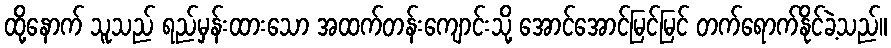
ထို့နောက် သူသည် ရည်မှန်းထားသော အထက်တန်းကျောင်းသို့ အောင်အောင်မြင်မြင် တက်ရောက်နိုင်ခဲ့သည်။